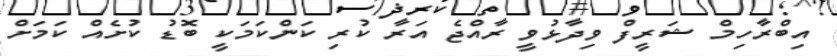
އިބްރާހިމް ޝަރީފް ވިދާޅުވީ ރާއްޖެ އަރާ ކުރި ކަންކަމަކީ ބޮޑު ކުށެއް ކަމަށް